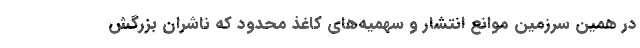
در همین سرزمین موانع انتشار و سهمیه‌‌های کاغذ محدود که ناشران بزرگش